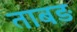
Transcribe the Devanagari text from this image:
ताबड़